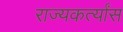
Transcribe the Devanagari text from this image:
राज्यकर्त्यांस